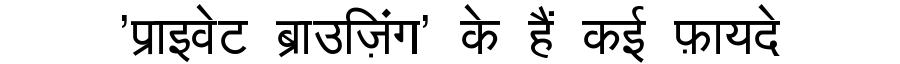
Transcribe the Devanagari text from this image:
'प्राइवेट ब्राउज़िंग' के हैं कई फ़ायदे